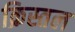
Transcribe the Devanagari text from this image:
क्रिस्तल